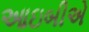
આઇબીએ